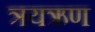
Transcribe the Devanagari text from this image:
त्रयऋण